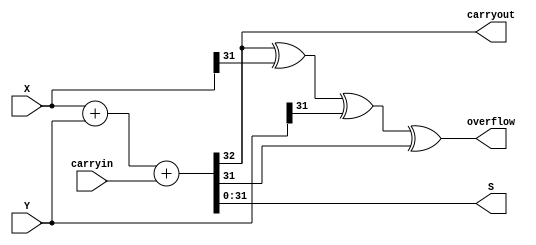
/* simplified adder by joining S and carryout */

module bm_DL_nbit_adder_with_carryout_and_overflow_simplified (carryin, X, Y, S, carryout, overflow);
	parameter n = 6'b100000;
	input carryin;
	input [n-1:0] X, Y;
	output [n-1:0] S;
	output carryout, overflow;
	reg [n-1:0] S;
	reg carryout, overflow;
	
	always @(X or Y or carryin)
	begin
		{carryout, S} = X + Y + carryin;
		overflow = carryout ^ X[n-1] ^ Y[n-1] ^ S[n-1];
	end

endmodule